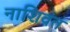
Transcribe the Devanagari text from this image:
नाशिवंत